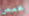
مخصص